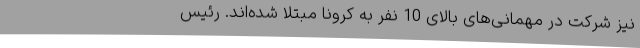
نیز شرکت در مهمانی‌های بالای 10 نفر به کرونا مبتلا شده‌اند. رئیس